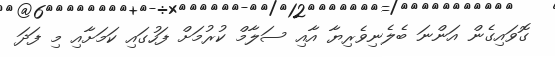
ގޮވައިގެން އަންނަ ބެލެނިވެރިޔާ އާއި ސަލާމް ކުރުމަށް ފަހުގައި ކަމަށާއި މި ފަދަ